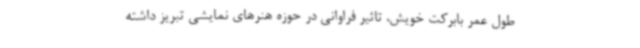
طول عمر بابرکت خویش، تاثیر فراوانی در حوزه هنرهای نمایشی تبریز داشته